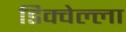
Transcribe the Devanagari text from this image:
डिक्वेल्ला